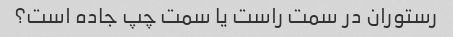
رستوران در سمت راست یا سمت چپ جاده است؟